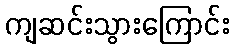
ကျဆင်းသွားကြောင်း